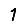
Digit: 1